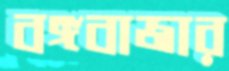
বঙ্গবাজার